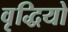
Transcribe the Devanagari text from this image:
वृद्धियो